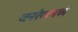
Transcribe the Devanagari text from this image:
जनरेटरमध्ये